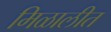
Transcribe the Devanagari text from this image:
मिळालीत